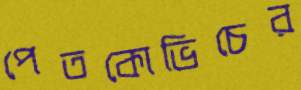
পেতকোভিচের